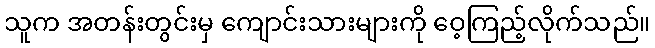
သူက အတန်းတွင်းမှ ကျောင်းသားများကို ဝေ့ကြည့်လိုက်သည်။